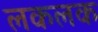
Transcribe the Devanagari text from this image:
लकलक